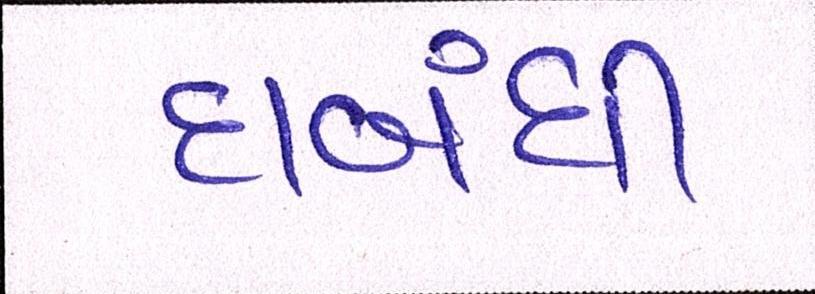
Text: દાબંધી